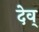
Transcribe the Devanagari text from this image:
देव्